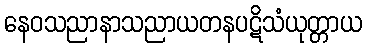
နေဝသညာနာသညာယတနပဋိသံယုတ္တာယ